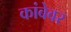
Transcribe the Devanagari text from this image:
कांबेवर